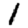
Digit: 1